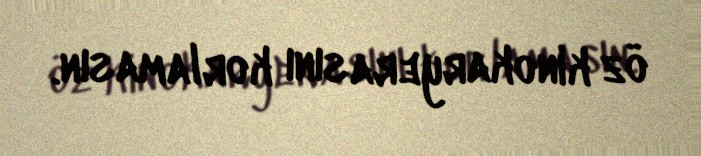
öz kinokaryerasını korlamasın.